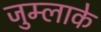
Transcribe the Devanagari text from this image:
जुम्लाके